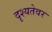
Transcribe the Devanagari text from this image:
दृश्यतेवर